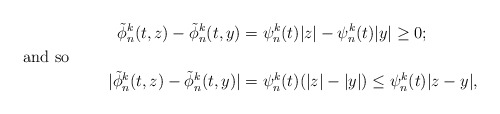
\begin{align*} \tilde{\phi}_n^k (t, z) - \tilde{\phi}_n^k(t, y) & = \psi_n^k (t)|z| - \psi_n^k(t) |y| \geq 0;\\\shortintertext{and so}|\tilde{\phi}_n^k (t,z) - \tilde{\phi}_n^k (t,y)| & = \psi_n^k(t)(|z| - |y|) \leq \psi_n^k (t) |z-y|,\end{align*}